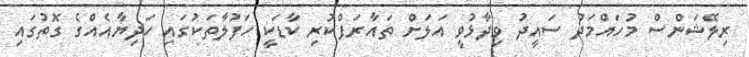
ރިލޭޝަންސް މުހައްމަދު ސައީދު ވިދާޅުވީ އަލަށް ތައާރަފްކުރި ކާޑަކީ ހަފުލާތަކުގައި ހަދިޔާއެއްގެ ގޮތުގައި